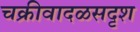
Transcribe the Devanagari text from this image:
चक्रीवादळसदृश